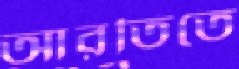
আরতিতে